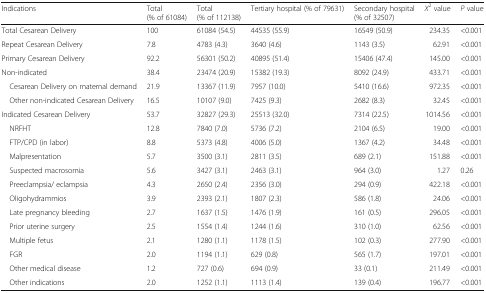
<table><thead><tr><td><b>Indications</b></td><td><b>Total(% of 61084)</b></td><td><b>Total(% of 112138)</b></td><td><b>Tertiary hospital (% of 79631)</b></td><td><b>Secondary hospital(% of 32507)</b></td><td><b><i>X</i><sup>2</sup> value</b></td><td><b><i>P</i> value</b></td></tr></thead><tbody><tr><td>Total Cesarean Delivery</td><td>100</td><td>61084 (54.5)</td><td>44535 (55.9)</td><td>16549 (50.9)</td><td>234.35</td><td>&lt;0.001</td></tr><tr><td>Repeat Cesarean Delivery</td><td>7.8</td><td>4783 (4.3)</td><td>3640 (4.6)</td><td>1143 (3.5)</td><td>62.91</td><td>&lt;0.001</td></tr><tr><td>Primary Cesarean Delivery</td><td>92.2</td><td>56301 (50.2)</td><td>40895 (51.4)</td><td>15406 (47.4)</td><td>145.00</td><td>&lt;0.001</td></tr><tr><td>Non-indicated</td><td>38.4</td><td>23474 (20.9)</td><td>15382 (19.3)</td><td>8092 (24.9)</td><td>433.71</td><td>&lt;0.001</td></tr><tr><td> Cesarean Delivery on maternal demand</td><td>21.9</td><td>13367 (11.9)</td><td>7957 (10.0)</td><td>5410 (16.6)</td><td>972.35</td><td>&lt;0.001</td></tr><tr><td> Other non-indicated Cesarean Delivery</td><td>16.5</td><td>10107 (9.0)</td><td>7425 (9.3)</td><td>2682 (8.3)</td><td>32.45</td><td>&lt;0.001</td></tr><tr><td>Indicated Cesarean Delivery</td><td>53.7</td><td>32827 (29.3)</td><td>25513 (32.0)</td><td>7314 (22.5)</td><td>1014.56</td><td>&lt;0.001</td></tr><tr><td> NRFHT</td><td>12.8</td><td>7840 (7.0)</td><td>5736 (7.2)</td><td>2104 (6.5)</td><td>19.00</td><td>&lt;0.001</td></tr><tr><td> FTP/CPD (in labor)</td><td>8.8</td><td>5373 (4.8)</td><td>4006 (5.0)</td><td>1367 (4.2)</td><td>34.48</td><td>&lt;0.001</td></tr><tr><td> Malpresentation</td><td>5.7</td><td>3500 (3.1)</td><td>2811 (3.5)</td><td>689 (2.1)</td><td>151.88</td><td>&lt;0.001</td></tr><tr><td> Suspected macrosomia</td><td>5.6</td><td>3427 (3.1)</td><td>2463 (3.1)</td><td>964 (3.0)</td><td>1.27</td><td>0.26</td></tr><tr><td> Preeclampsia/ eclampsia</td><td>4.3</td><td>2650 (2.4)</td><td>2356 (3.0)</td><td>294 (0.9)</td><td>422.18</td><td>&lt;0.001</td></tr><tr><td> Oligohydrammios</td><td>3.9</td><td>2393 (2.1)</td><td>1807 (2.3)</td><td>586 (1.8)</td><td>24.06</td><td>&lt;0.001</td></tr><tr><td> Late pregnancy bleeding</td><td>2.7</td><td>1637 (1.5)</td><td>1476 (1.9)</td><td>161 (0.5)</td><td>296.05</td><td>&lt;0.001</td></tr><tr><td> Prior uterine surgery</td><td>2.5</td><td>1554 (1.4)</td><td>1244 (1.6)</td><td>310 (1.0)</td><td>62.56</td><td>&lt;0.001</td></tr><tr><td> Multiple fetus</td><td>2.1</td><td>1280 (1.1)</td><td>1178 (1.5)</td><td>102 (0.3)</td><td>277.90</td><td>&lt;0.001</td></tr><tr><td> FGR</td><td>2.0</td><td>1194 (1.1)</td><td>629 (0.8)</td><td>565 (1.7)</td><td>197.01</td><td>&lt;0.001</td></tr><tr><td> Other medical disease</td><td>1.2</td><td>727 (0.6)</td><td>694 (0.9)</td><td>33 (0.1)</td><td>211.49</td><td>&lt;0.001</td></tr><tr><td> Other indications</td><td>2.0</td><td>1252 (1.1)</td><td>1113 (1.4)</td><td>139 (0.4)</td><td>196.77</td><td>&lt;0.001</td></tr></tbody></table>